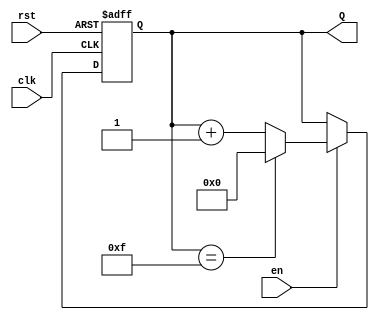
module UpCounter (
    input wire clk,       // Clock signal
    input wire en,        // Enable signal
    input wire rst,       // Reset signal
    output reg [3:0] Q    // 4-bit output for the counter
);

    // On clock rising edge
    always @(posedge clk or posedge rst) begin
        if (rst) begin
            Q <= 4'b0000; // Asynchronous reset to zero
        end else if (en) begin
            Q <= Q + 1;   // Increment count
            if (Q == 4'b1111) begin
                Q <= 4'b0000; // Wrap around to zero
            end
        end // If enable is low, the value of Q remains unchanged
    end

endmodule